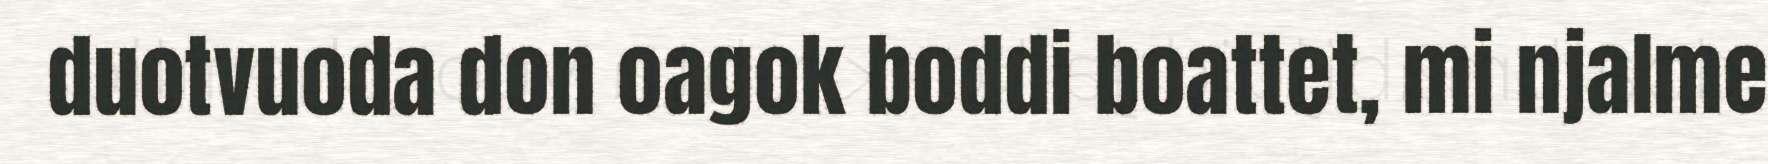
duotvuoda don oagok boddi boattet, mi njalme